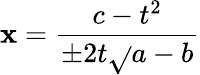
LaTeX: \mathbf{x}={\frac{{c-t^{2}}}{{\pm2t{\sqrt{}{{a}}}-b}}}